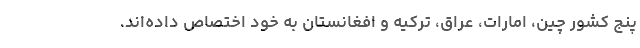
پنج کشور چین، امارات، عراق، ترکیه و افغانستان به خود اختصاص داده‌اند.